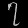
Digit: ၇